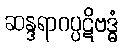
ဆန္ဒရာဂပ္ပဋိဗဒ္ဓံ